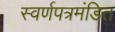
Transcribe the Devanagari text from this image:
स्वर्णपत्रमंडित